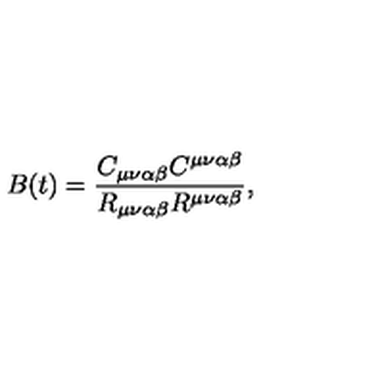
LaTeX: B ( t ) = \frac { C _ { \mu \nu \alpha \beta } C ^ { \mu \nu \alpha \beta } } { R _ { \mu \nu \alpha \beta } R ^ { \mu \nu \alpha \beta } } ,